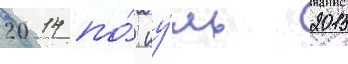
2014 по́ иу́ль 2015